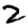
Digit: 2